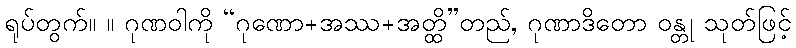
ရုပ်တွက်။ ။ ဂုဏဝါကို “ဂုဏော+အဿ+အတ္ထိ”တည်, ဂုဏာဒိတော ဝန္တု သုတ်ဖြင့်